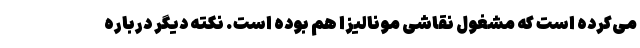
می‌کرده است که مشغول نقاشی مونالیزا هم بوده است. نکته دیگر درباره